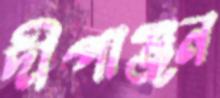
দীপাঞ্জন